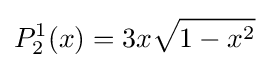
P_{2}^{1}(x)=3x{\sqrt {1-x^{2}}}